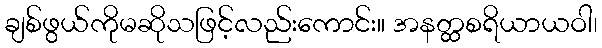
ချစ်ဖွယ်ကိုမဆိုသဖြင့်လည်းကောင်း။ အနတ္ထစရိယာယဝါ၊